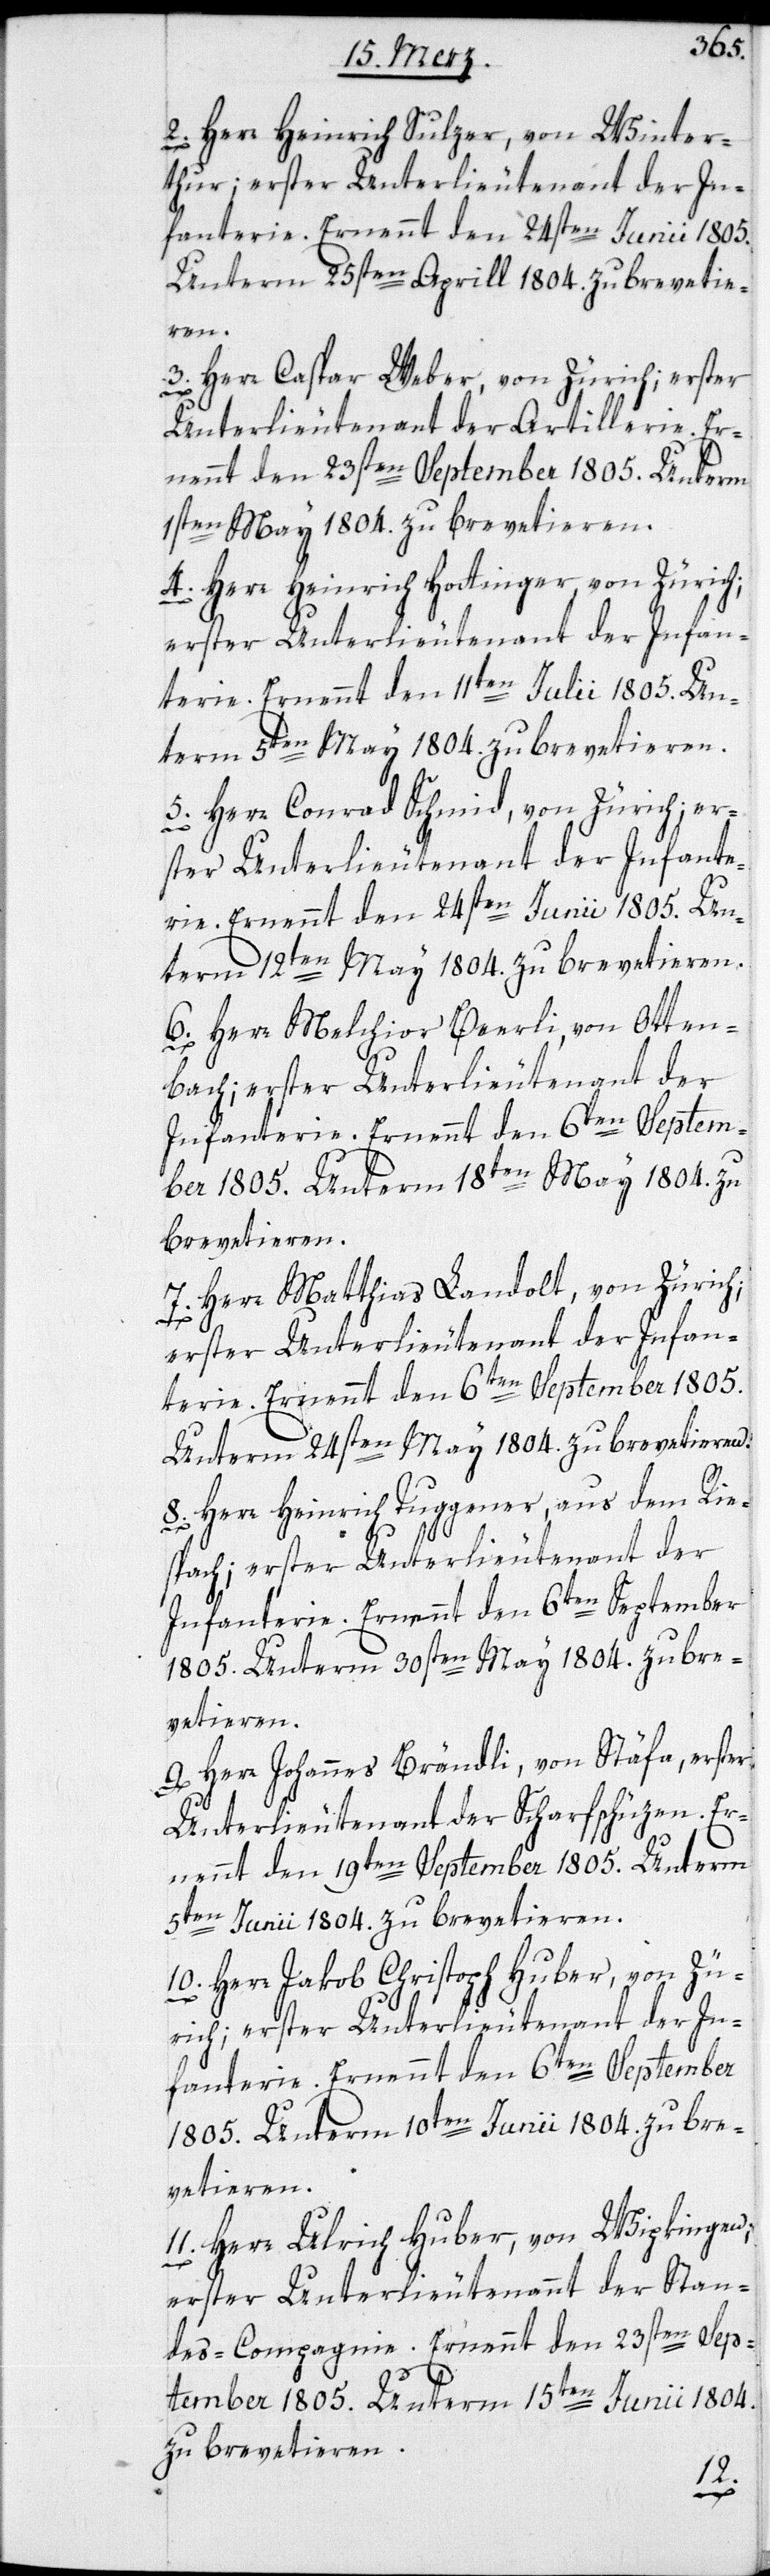
2. Herr Heinrich Sulzer, von Winter¬
thur; erster Unterlieutenant der In¬
fanterie. Ernennt den 24sten Junii 1805.
Unterm 25sten Aprill 1804. zu brevetie¬
ren.
3. Herr Caspar Weber, von Zürich; erster
Unterlieutenant der Artillerie. Er¬
nennt den 23sten September 1805. Unterm
1sten May 1804 zu brevetieren.
4. Herr Heinrich Hottinger, von Zürich;
erster Unterlieutenant der Infan¬
terie. Ernennt den 11ten Julii 1805. Un¬
term 5ten May 1804. zu brevetieren.
5. Herr Conrad Schmid, von Zürich; er¬
ster Unterlieutenant der Infante¬
rie. Ernennt den 24sten Junii 1805. Un¬
term 12ten May 1804. zu brevetieren.
6. Herr Melchior Beerli, von Otten¬
bach; erster Unterlieutenant der
Infanterie. Ernennt den 6ten Septem¬
ber 1805. Unterm 18ten May 1804 zu
brevetieren.
Herr Matthias Landolt, von Zürich;
erster Unterlieutenant der Infan¬
terie. Ernennt den 6ten September 1805.
Unterm 24sten May 1804. zu brevetieren.
8. Herr Heinrich Tuggener, aus dem Rie¬
spach; erster Unterlieutenant der
Infanterie. Ernennt den 6ten September
1805. Unterm 30sten May 1804. zu bre¬
vetieren.
9. Herr Johannes Brändli, von Stäfa; erster
Unterlieutenant der Scharfschüzen. Er¬
nennt den 19ten September 1805. Unterm
5ten Junii 1804. zu brevetieren.
10. Herr Jakob Christoph Huber, von Zü¬
rich; erster Unterlieutenant der In¬
fanterie. Ernennt den 6ten September
1805. Unterm 10ten Junii 1804. zu bre¬
vetieren.
11. Herr Ulrich Huber, von Wipkingen,
erster Unterlieutenant der Stan¬
des-Compagnie. Ernennt den 23sten Sep¬
tember 1805. Unterm 15ten Junii 1804.
zu brevetieren.